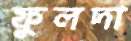
ফুলদা